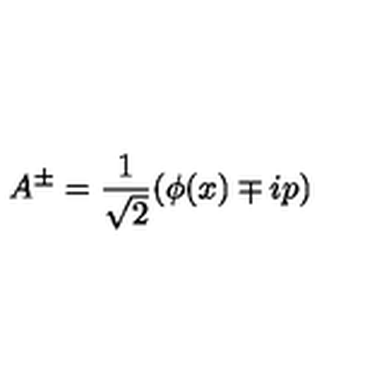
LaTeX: A ^ { \pm } = \frac { 1 } { \sqrt { 2 } } ( \phi ( x ) \mp i p )